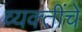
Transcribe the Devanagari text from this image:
व्‍यक्‍तींचे